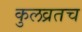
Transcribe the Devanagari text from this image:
कुलव्रतच